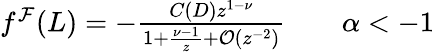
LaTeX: \begin{array}{r}{f^{\mathcal{F}}(L)=-\frac{C(D)z^{1-\nu}}{1+\frac{\nu-1}{z}+\mathcal{O}(z^{-2})}\qquad\alpha<-1}\end{array}